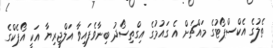
ތެލުގެ އެކްސްޕޯޓުގެ މައްޗަށް އެ ގައުމުގެ އިގްތިސޯދު ބިނާވެފައިވާ އަލްޖީރިޔާ އަކީ އޯޕެކްގެ